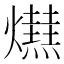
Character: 𤒋